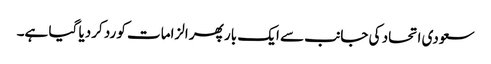
سعودی اتحاد کی جانب سے ایک بار پھر الزامات کو رد کردیا گیا ہے۔